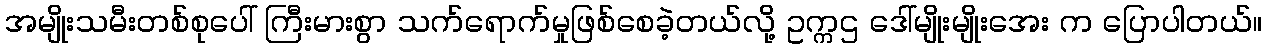
အမျိုးသမီးတစ်စုပေါ် ကြီးမားစွာ သက်ရောက်မှုဖြစ်စေခဲ့တယ်လို့ ဥက္ကဌ ဒေါ်မျိုးမျိုးအေး က ပြောပါတယ်။